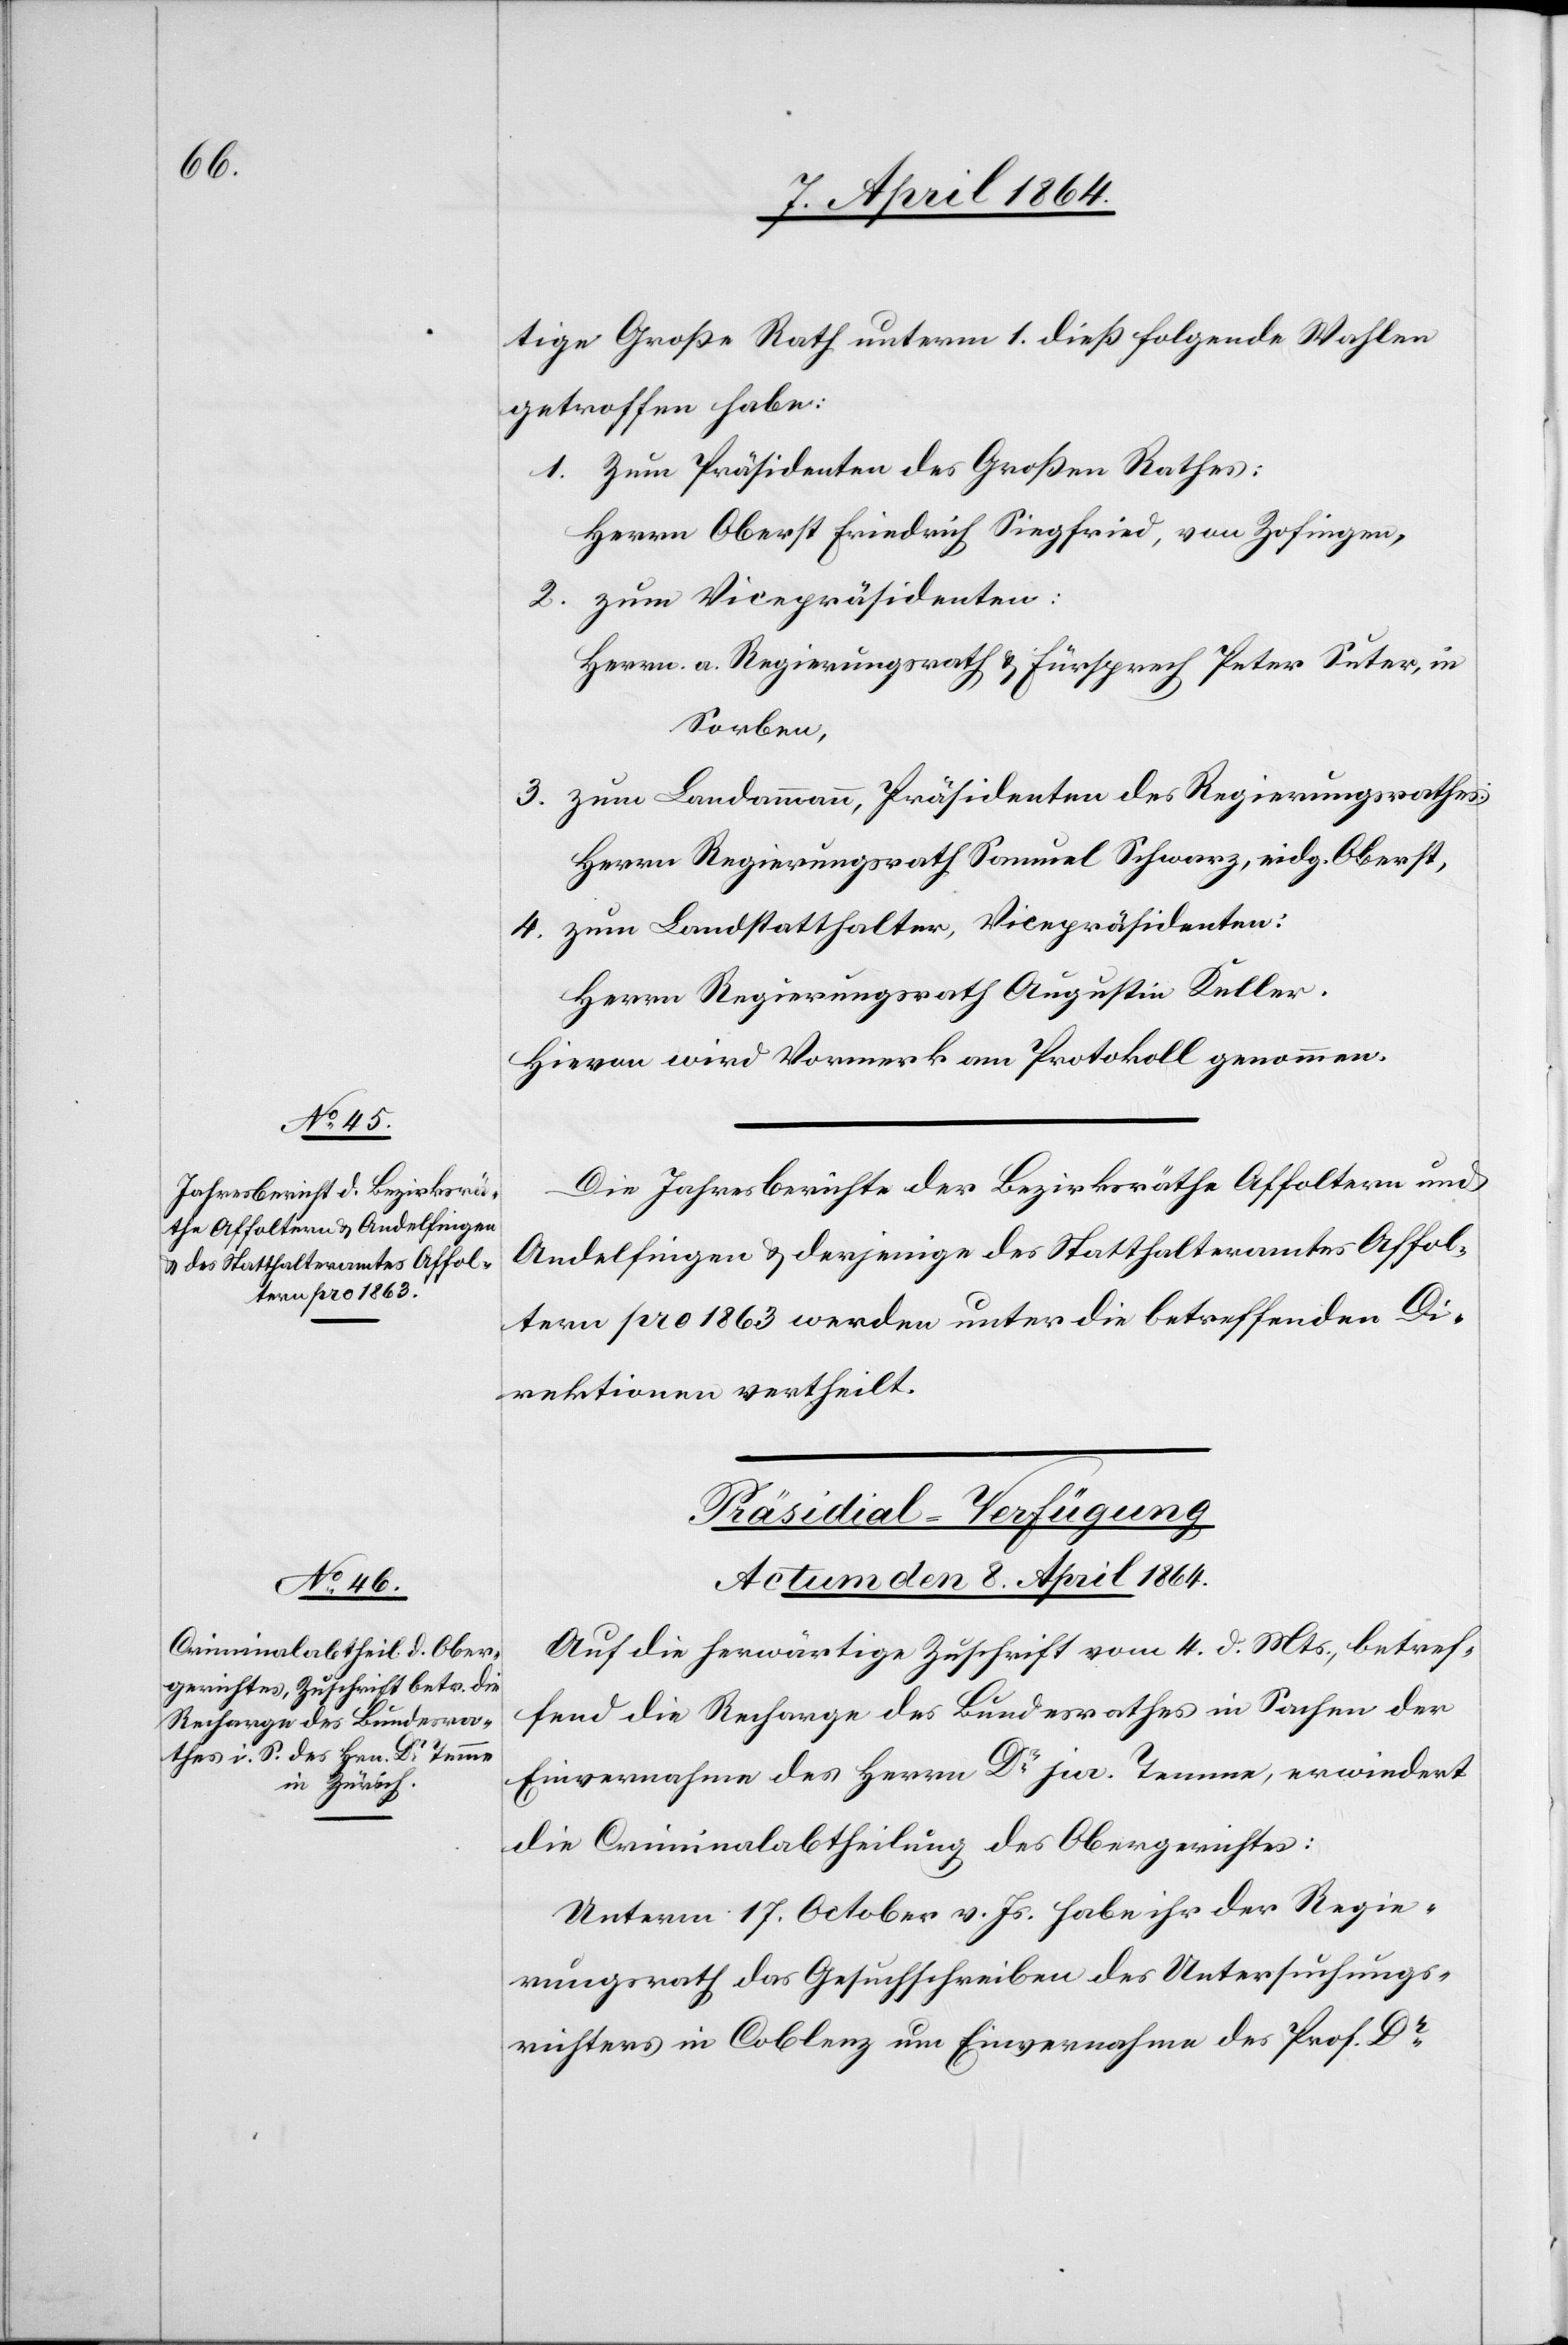
tige Große Rath unterm 1. dieß folgende Wahlen
getroffen habe:
Zum Präsidenten des Großen Rathes:
Herrn Oberst Friedrich Siegfried, von Zofingen,
zum Vicepräsidenten:
Herrn a. Regierungsrath u. Fürsprech Peter Suter, in
Sorben,
zum Landammann, Präsidenten des Regierungsrathes:
Herrn Regierungsrath Samuel Schwarz, eidg. Oberst,
zum Landstatthalter, Vicepräsidenten:
Herrn Regierungsrath Augustin Keller.
Hievon wird Vormerk am Protokoll genommen.
Die Jahresberichte der Bezirksräthe Affoltern und
Andelfingen u. derjenige des Statthalteramtes Affol¬
tern pro 1863 werden unter die betreffenden Di¬
rektionen vertheilt.
Präsidial-Verfügung
Actum den 8. April 1864.
Auf die herwärtige Zuschrift vom 4. d. Mts., betref¬
fend die Recharge des Bundesrathes in Sachen der
Einvernahme des Herrn Dr jur. Temme, erwiedert
die Criminalabtheilung des Obergerichtes:
Unterm 17. October v. Js. habe ihr der Regie¬
rungsrath das Gesuchschreiben des Untersuchungs¬
richters in Coblenz um Einvernahme des Prof. Dr